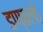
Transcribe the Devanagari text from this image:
डण्ठलों